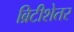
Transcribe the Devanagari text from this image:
ब्रिटीशेतर